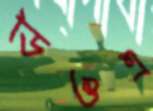
ডিওএ